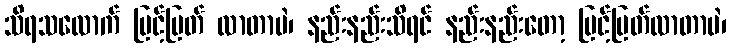
သိရသလောက် မြင့်မြတ် လာတာပဲ၊ နည်းနည်းသိရင် နည်းနည်းတော့ မြင့်မြတ်လာတာပဲ၊